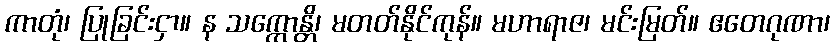
ကာတုံ၊ ပြုခြင်းငှာ။ န သက္ကောန္တိ၊ မတတ်နိုင်ကုန်။ မဟာရာဇ၊ မင်းမြတ်။ ဧတေဂုဏာ၊